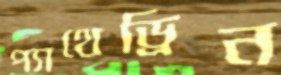
প্যাথেড্রিন